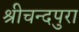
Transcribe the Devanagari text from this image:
श्रीचन्दपुरा